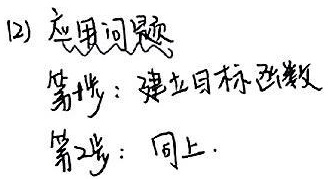
(2) 应用问题
第1步：建立目标函数
第2步：同上.